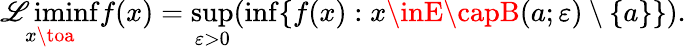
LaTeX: \operatorname*{\mathscr{L}iminf}_{x\toa}f(x)=\operatorname*{sup}_{\varepsilon>0}(\operatorname*{inf}\{ f(x):x\inE\capB(a;\varepsilon)\setminus\{ a\} \} ).